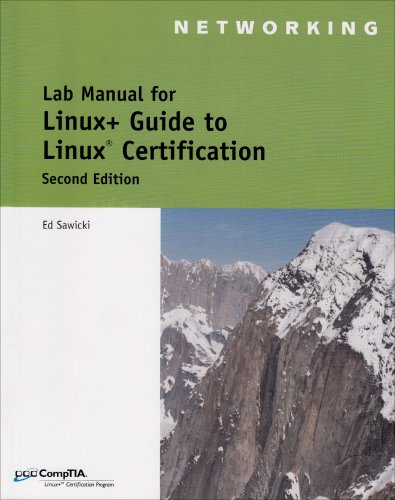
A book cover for Lab Manual: Linux+ Guide to Linux Certification, 2nd; Ed Sawicki; Computers & Technology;